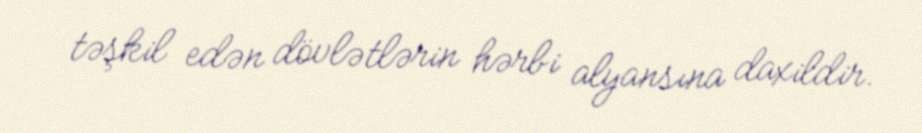
təşkil edən dövlətlərin hərbi alyansına daxildir.